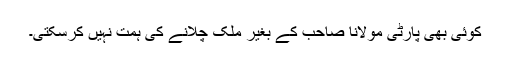
کوئی بھی پارٹی مولانا صاحب کے بغیر ملک چلانے کی ہمت نہیں کرسکتی۔